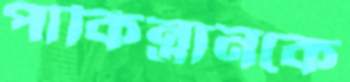
পাকিন্তানকে